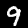
Label: 9